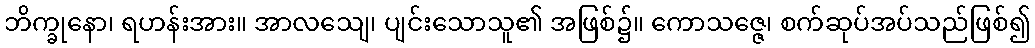
ဘိက္ခုနော၊ ရဟန်းအား။ အာလသျေ၊ ပျင်းသောသူ၏ အဖြစ်၌။ ကောသဇ္ဇေ၊ စက်ဆုပ်အပ်သည်ဖြစ်၍